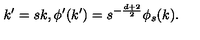
k ^ { \prime } = s k , \phi ^ { \prime } ( k ^ { \prime } ) = s ^ { - \frac { d + 2 } { 2 } } \phi _ { s } ( k ) .